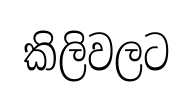
කිලිවලට